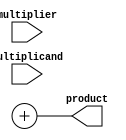
module booth_multiplier #(parameter WIDTH = 8) (
    input signed [WIDTH-1:0] multiplicand,
    input signed [WIDTH-1:0] multiplier,
    output signed [2*WIDTH-1:0] product
);

    reg signed [WIDTH-1:0] pp [0:WIDTH]; // Partial Products
    reg [WIDTH-1:0] multiplier_reg;
    reg [WIDTH:0] multiplicand_reg;
    integer i;

    // Booth Encoding and Partial Product Generation
    always @(*) begin
        multiplier_reg = multiplier;
        multiplicand_reg = {1'b0, multiplicand}; // Sign extend multiplicand

        // Initialize partial products to 0
        for (i = 0; i < WIDTH; i = i + 1) begin
            pp[i] = 0;
        end

        // Booth encoding
        for (i = 0; i < WIDTH; i = i + 1) begin
            case ({multiplier_reg[i], multiplier_reg[i-1]})
                2'b00: pp[i] = 0; // No operation
                2'b01: pp[i] = multiplicand_reg[WIDTH-1:0]; // Add multiplicand
                2'b10: pp[i] = -multiplicand_reg[WIDTH-1:0]; // Subtract multiplicand
                2'b11: pp[i] = 0; // No operation (previous state)
            endcase
        end
    end

    // Wallace Tree Reduction
    wire [WIDTH * (WIDTH + 1) - 1:0] sum;
    wire [WIDTH:0] carry;

    // Full Adder and Half Adder Logic
    generate
        genvar j;
        for (j = 0; j < WIDTH; j = j + 1) begin
            // Example of Full Adders and Half Adders in Wallace Tree
            // You would need to implement the actual reduction logic here
            // This is a placeholder for Wallace tree reduction logic
        end
    endgenerate

    // Final sum (simple adder for demonstration)
    assign product = sum + carry; // Replace with the final addition logic

endmodule